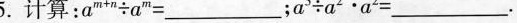
5.计算： a^{m+n}\div a^{m}=_；